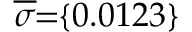
\! \! \! \overline { { \sigma } } \! \! = \! \! \{ 0 . 0 1 2 3 \} \! \! \!